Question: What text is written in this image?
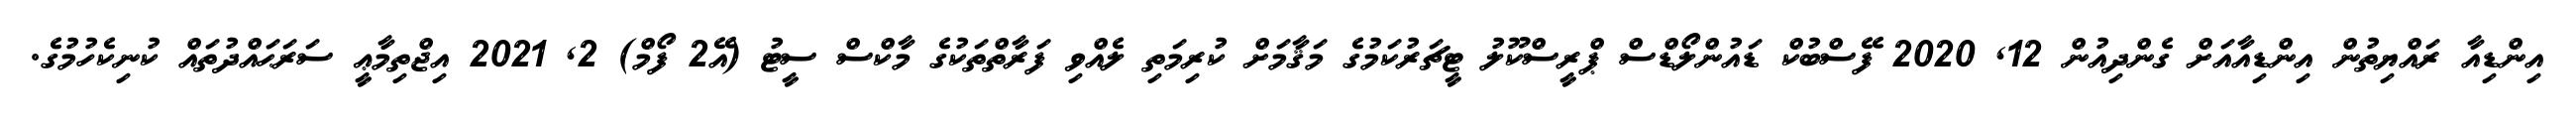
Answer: އިންޑިއާ ރައްޔިތުން އިންޑިއާއަށް ގެންދިއުން 12, 2020 ފޭސްބުކް ޑައުންލޯޑްސް ޕްރީސްކޫލު ޓީޗަރުކަމުގެ މަޤާމަށް ކުރިމަތި ލެއްވި ފަރާތްތަކުގެ މާކްސް ސީޓު (އޭ2 ފޯމް) 2, 2021 އިޖްތިމާޢީ ސަރަޙައްދުތައް ކުނިކެހުމުގެ.